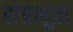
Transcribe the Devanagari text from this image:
संप्रभूता